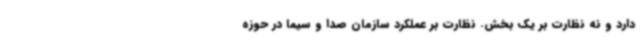
دارد و نه نظارت بر یک بخش. نظارت بر عملکرد سازمان صدا و سیما در حوزه